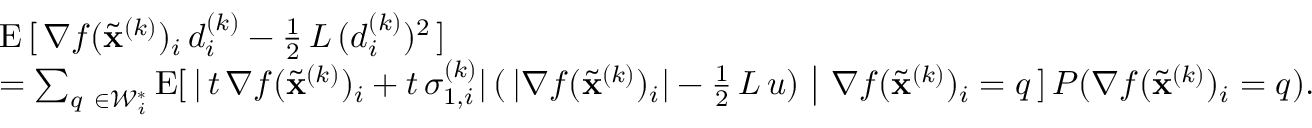
\begin{array} { r l } & { \mathrm { E } \, [ \, \nabla f ( \widetilde \mathbf { x } ^ { ( k ) } ) _ { i } \, d _ { i } ^ { ( k ) } - \frac { 1 } { 2 } \, L \, ( d _ { i } ^ { ( k ) } ) ^ { 2 } \, ] } \\ & { = \sum _ { q \ \in { \mathcal { W } } _ { i } ^ { \ast } } \mathrm { E } [ \, \vert \, t \, \nabla f ( \widetilde \mathbf { x } ^ { ( k ) } ) _ { i } + t \, \sigma _ { 1 , i } ^ { ( k ) } \vert \, ( \, \vert \nabla f ( \widetilde \mathbf { x } ^ { ( k ) } ) _ { i } \vert - \frac { 1 } { 2 } \, L \, u ) \ \big \vert \ \nabla f ( \widetilde \mathbf { x } ^ { ( k ) } ) _ { i } = q \, ] \, P ( \nabla f ( \widetilde \mathbf { x } ^ { ( k ) } ) _ { i } = q ) . } \end{array}